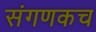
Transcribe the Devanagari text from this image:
संगणकच